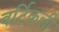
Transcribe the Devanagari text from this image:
वर्टिकली